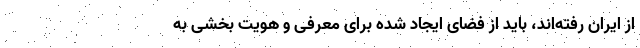
از ایران رفته‌اند، باید از فضای ایجاد شده برای معرفی و هویت بخشی به